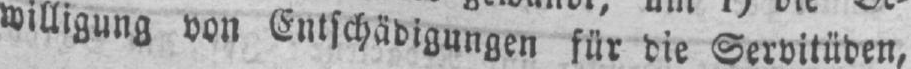
willigung von Entschädigungen für die Servitüden,